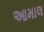
આમાલ